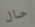
حال